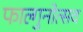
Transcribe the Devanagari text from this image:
फाल्गुनोत्सव